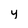
Character: y